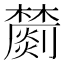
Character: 𣟈